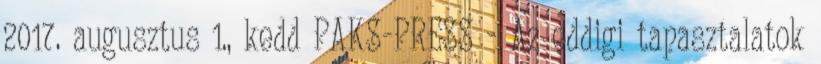
2017. augusztus 1., kedd PAKS-PRESS - Az eddigi tapasztalatok